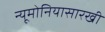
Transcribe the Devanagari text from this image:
न्यूमोनियासारखी